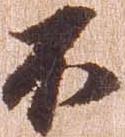
不